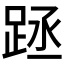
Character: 𨀧